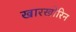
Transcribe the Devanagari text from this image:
खारखोरिन